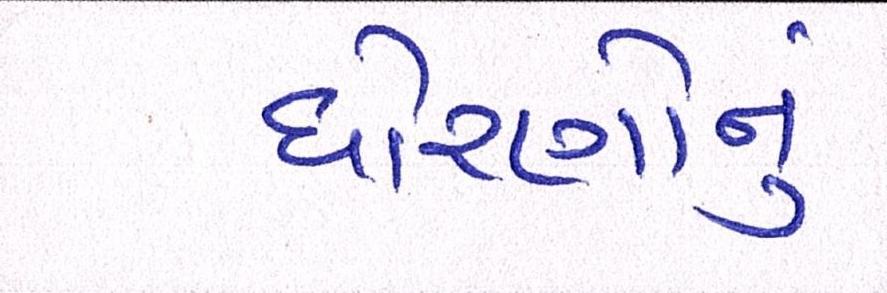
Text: ધોરણોનું